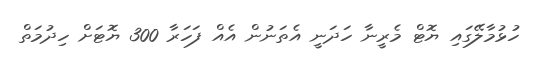
ހުޅުމާލޭގައި ޔޮޓް މެރީނާ ހަދަނީ އެތަނުން އެއް ފަހަރާ 300 ޔޮޓަށް ހިދުމަތް